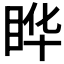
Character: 𬑓